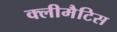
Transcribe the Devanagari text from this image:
क्लीमैटिस